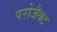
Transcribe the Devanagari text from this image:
परोजैक्ट